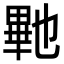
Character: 𭻠